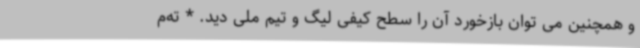
و همچنین می توان بازخورد آن را سطح کیفی لیگ و تیم ملی دید. * ته‌م